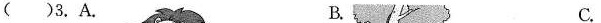
() 3. A. B. C.